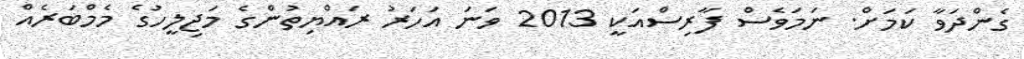
ގެންދަވާ ކަމަށް. ނަމަވެސް ފާރިސްއަކީ 2013 ވަނަ އަހަރު ރައްޔިތުންގެ މަޖިލީހުގެ މެމްބަރެއް